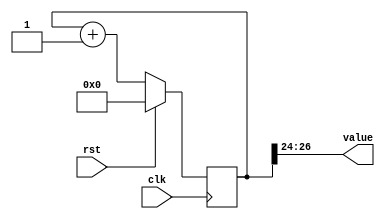
/*
   This file was generated automatically by Alchitry Labs version 1.2.1.
   Do not edit this file directly. Instead edit the original Lucid source.
   This is a temporary file and any changes made to it will be destroyed.
*/

/*
   Parameters:
     SIZE = 3
     DIV = 24
     TOP = 0
     UP = 1
*/
module counter_3 (
    input clk,
    input rst,
    output reg [2:0] value
  );
  
  localparam SIZE = 2'h3;
  localparam DIV = 5'h18;
  localparam TOP = 1'h0;
  localparam UP = 1'h1;
  
  
  reg [26:0] M_ctr_d, M_ctr_q = 1'h0;
  
  localparam MAX_VALUE = 25'h0ffffff;
  
  always @* begin
    M_ctr_d = M_ctr_q;
    
    value = M_ctr_q[24+2-:3];
    if (1'h1) begin
      M_ctr_d = M_ctr_q + 1'h1;
      if (1'h0 && M_ctr_q == 25'h0ffffff) begin
        M_ctr_d = 1'h0;
      end
    end else begin
      M_ctr_d = M_ctr_q - 1'h1;
      if (1'h0 && M_ctr_q == 1'h0) begin
        M_ctr_d = 25'h0ffffff;
      end
    end
  end
  
  always @(posedge clk) begin
    if (rst == 1'b1) begin
      M_ctr_q <= 1'h0;
    end else begin
      M_ctr_q <= M_ctr_d;
    end
  end
  
endmodule